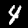
Digit: 4